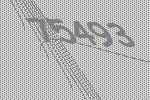
75493